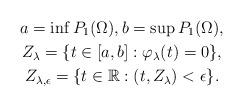
LaTeX: \begin{gather*}a=\inf P_1(\Omega),b=\sup P_1(\Omega),\\Z_{\lambda} =\{t \in[a,b]: \varphi_\lambda(t)=0\},\\Z_{\lambda,\epsilon} =\{t \in\mathbb{R}: (t,Z_\lambda)<\epsilon\}.\end{gather*}